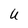
Character: U